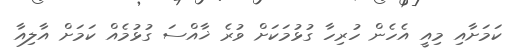
ކަމަށާއި މިއީ އެހެން ހުރިހާ ގުޅުމަކަށް ވުރެ ޚާއްސަ ގުޅުމެއް ކަމަށް އާލިއާ